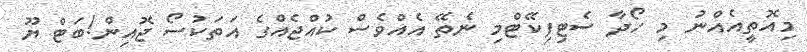
މިއޮތީއެއްނު މި ހޯދާ ސެޓިފިކޭޓްމި ނެތޭ އެއްވެސް ކުއްޖެއްގެ އަތަކުސޯ ޖޮއިން!ބަޓް ޔޫ